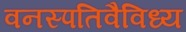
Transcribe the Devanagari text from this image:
वनस्पतिवैविध्य